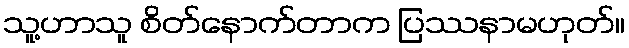
သူ့ဟာသူ စိတ်နောက်တာက ပြဿနာမဟုတ်။